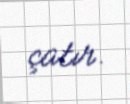
çatır.